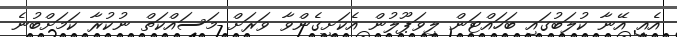
އެއީ އޭނާ ކުލަބުގައި ބަހައްޓަން ލިވަޕޫލުން އެކަށީގެންވާ ވަރަށް މަސައްކަތް ނުކުރާ ކަމަށްބުނެ